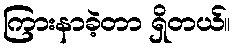
ကြားနာခဲ့တာ ရှိတယ်။